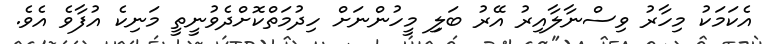
އެކަމަކު މިހާރު ވިސްނާލާއިރު އޭރު ބަލިި މީހުންނަށް ހިދުމަތްކޮށްދެވުނީތީ މަނިކެ އުފާވެ އެވެ.